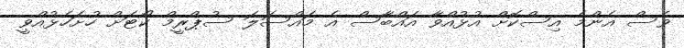
ވެސް އެންމެ އިސްކޮށް އުޅުއްވާ އައްބާސް އެ މައްސަލަ ސުޕްރީމް ކޯޓަށް ހުށަހެޅުއްވީ